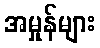
အမှုန်များ